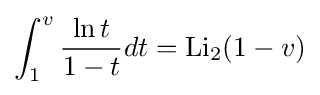
\int _{1}^{v}{\frac {\ln t}{1-t}}dt=\operatorname {Li} _{2}(1-v)